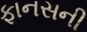
ફાનસની